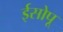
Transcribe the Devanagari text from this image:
ईसोपू